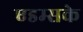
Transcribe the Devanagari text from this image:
एडम्सके